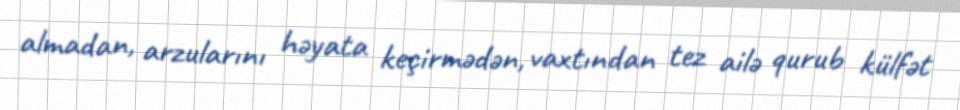
almadan, arzularını həyata keçirmədən, vaxtından tez ailə qurub külfət